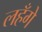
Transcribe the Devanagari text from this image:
लहँगे